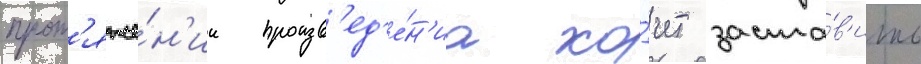
прот'яже́н'ии произв'ед'е́н'иа хо́чет заста́в'ить